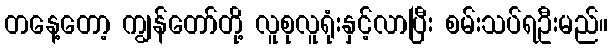
တနေ့တော့ ကျွန်တော်တို့ လူစုလူရုံးနှင့်လာပြီး စမ်းသပ်ရဦးမည်။